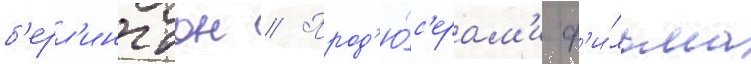
б'ерл'ингтон // Прод'ю́с'ерам'и ф'и́льма